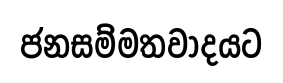
ජනසම්මතවාදයට